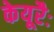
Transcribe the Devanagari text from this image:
केयूरैः